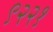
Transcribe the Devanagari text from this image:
९२२१